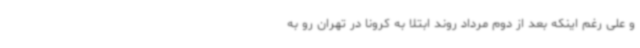
و علی رغم اینکه بعد از دوم مرداد روند ابتلا به کرونا در تهران رو به